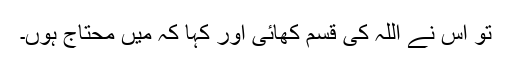
تو اس نے اللہ کی قسم کھائی اور کہا کہ میں محتاج ہوں۔